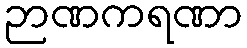
ဉာဏကရဏာ